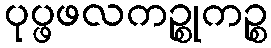
ပုပ္ဖဖလကဉ္စုကဉ္စ